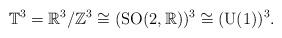
LaTeX: \begin{align*}\mathbb{T}^3=\mathbb{R}^3/\mathbb{Z}^3\cong({\rm SO}(2,\mathbb{R}))^3\cong({\rm U}(1))^3. \end{align*}